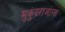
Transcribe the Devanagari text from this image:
मुकुंदराजाला